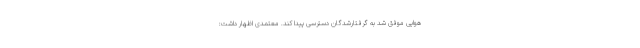
هوایی موفق شد به گرفتارشدگان دسترسی پیدا کند. معتمدی اظهار داشت: